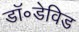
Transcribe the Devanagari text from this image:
डॉ॰डेविड